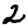
Digit: 2